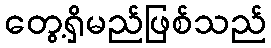
တွေ့ရှိမည်ဖြစ်သည်